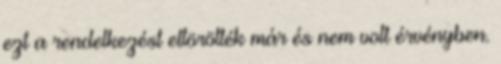
ezt a rendelkezést eltörölték már és nem volt érvényben.